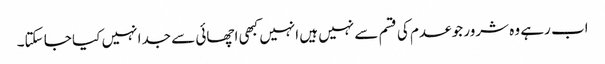
اب رہے وہ شرور جو عدم کی قسم سے نہیں ہیں انہیں کبھی اچھائی سے جدا نہیں کیا جا سکتا۔